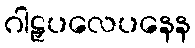
ဂါဠှပလေပနေန